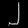
Digit: ၂